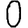
Digit: 0